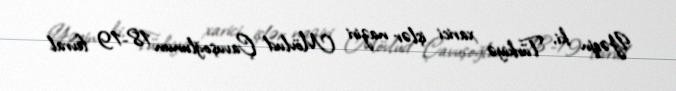
Yəqin ki, Türkiyə xarici işlər naziri Mövlud Çavuşoğlunun 18-19 fevral